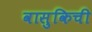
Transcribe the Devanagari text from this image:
वासुकिची